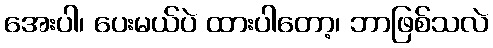
အေးပါ၊ ပေးမယ်ပဲ ထားပါတော့၊ ဘာဖြစ်သလဲ